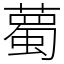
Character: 薥